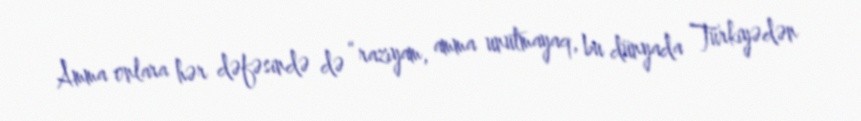
Amma onlara hər dəfəsində də “razıyam, amma unutmayaq, bu dünyada Türkiyədən